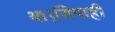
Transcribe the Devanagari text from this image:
था।सिपाही